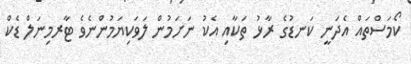
ކޯމަސްތައް އެދަނީ ކަނޑުގެ ރާޅު ތަކާއި އެކު ނަށަމުން ލަވަކިޔަމުންނެވެ ޓާރމިނަލް ޑެކް